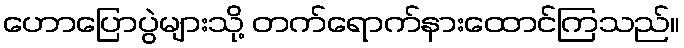
ဟောပြောပွဲများသို့ တက်ရောက်နားထောင်ကြသည်။